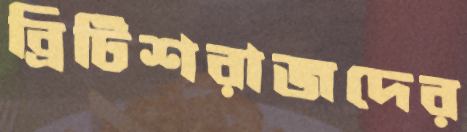
ব্রিটিশরাজদের